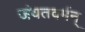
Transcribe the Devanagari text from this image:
जंयतवर्मन्